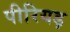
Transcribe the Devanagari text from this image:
पीरियड़